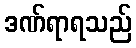
ဒဏ်ရာရသည်